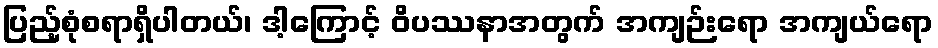
ပြည့်စုံစရာရှိပါတယ်၊ ဒါ့ကြောင့် ဝိပဿနာအတွက် အကျဉ်းရော အကျယ်ရော